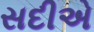
સદીએ